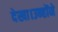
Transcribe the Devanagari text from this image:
देखा।उन्होंने